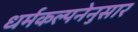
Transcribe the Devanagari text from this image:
धर्मकल्पनेनुसार